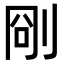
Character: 𠜛